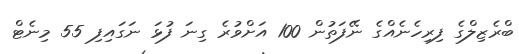
ބްރެޒިލްގެ ފިރިހެނެއްގެ ނޭފަތުން 100 އަށްވުރެ ގިނަ ފުޅަ ނަގައިފި 55 މިނެޓް